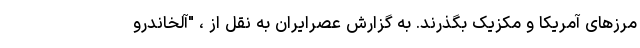
مرزهای آمریکا و مکزیک بگذرند. به گزارش عصرایران به نقل از ، "آلخاندرو